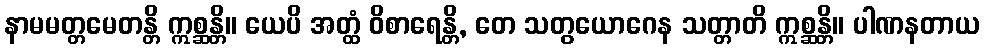
နာမမတ္တမေတန္တိ ဣစ္ဆန္တိ။ ယေပိ အတ္ထံ ဝိစာရေန္တိ, တေ သတွယောဂေန သတ္တာတိ ဣစ္ဆန္တိ။ ပါဏနတာယ